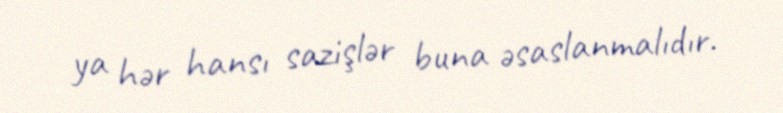
ya hər hansı sazişlər buna əsaslanmalıdır.